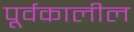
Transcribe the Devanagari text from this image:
पूर्वकालील